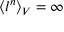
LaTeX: \langle l ^ { n } \rangle _ { V } = \infty